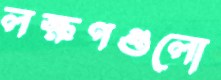
লক্ষণগুলো